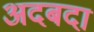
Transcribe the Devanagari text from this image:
अदबदा